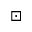
\boxdot